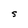
Character: S